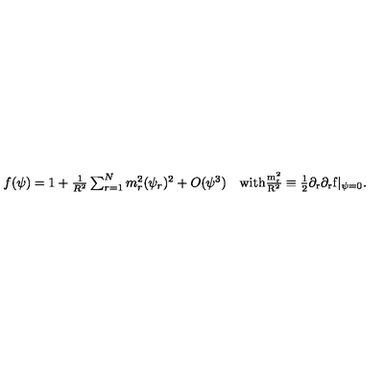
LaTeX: \begin{array} { l l } { f ( \psi ) = 1 + \frac { 1 } { R ^ { 2 } } \sum _ { r = 1 } ^ { N } m _ { r } ^ { 2 } ( \psi _ { r } ) ^ { 2 } + O ( \psi ^ { 3 } ) } & { \mathrm { w i t h \frac { m _ { r } ^ { 2 } } { R ^ { 2 } } \equiv \frac { 1 } { 2 } \partial _ { r } \partial _ { r } f | _ { \psi = 0 } } . } \\ \end{array}